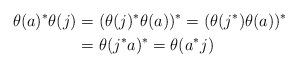
LaTeX: \begin{align*}\theta(a)^*\theta(j)&=(\theta(j)^*\theta(a))^*=(\theta(j^*)\theta(a))^*\\&=\theta(j^*a)^*=\theta(a^*j)\end{align*}